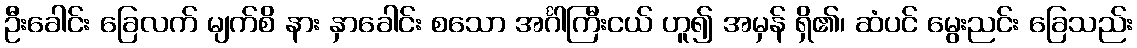
ဦးခေါင်း ခြေလက် မျက်စိ နား နှာခေါင်း စသော အင်္ဂါကြီးငယ် ဟူ၍ အမှန် ရှိ၏၊ ဆံပင် မွေးညင်း ခြေသည်း